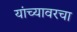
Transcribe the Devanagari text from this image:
यांच्यावरचा